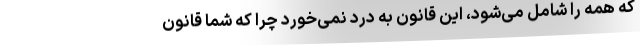
که همه را شامل می‌شود، این قانون به درد نمی‌خورد چرا که شما قانون